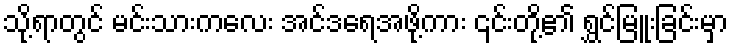
သို့ရာတွင် မင်းသားကလေး အင်ဒရေအဖို့ကား ၎င်းတို့၏ ရွှင်မြူးခြင်းမှာ